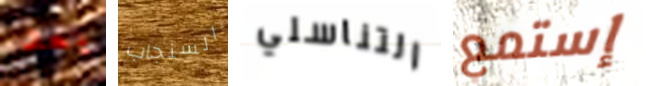
بعد السنجاب التناسلي إستمع